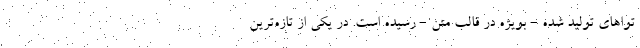
تواهای تولید شده - بویژه در قالب متن - رسیده است. در یکی از تازه‌ترین